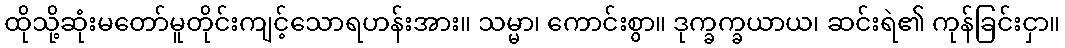
ထိုသို့ဆုံးမတော်မူတိုင်းကျင့်သောရဟန်းအား။ သမ္မာ၊ ကောင်းစွာ။ ဒုက္ခက္ခယာယ၊ ဆင်းရဲ၏ ကုန်ခြင်းငှာ။